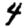
Digit: 4